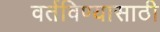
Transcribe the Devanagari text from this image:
वर्तविण्यासाठी